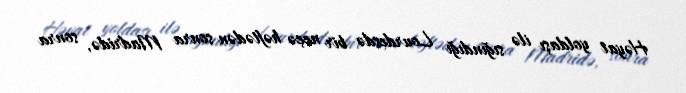
Həyat yoldaşı ilə sığındığı Lourdesdə bir neçə həftədən sonra Madridə, sonra